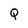
Character: Q